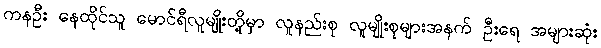
ကနဦး နေထိုင်သူ မောင်ရီလူမျိုးတို့မှာ လူနည်းစု လူမျိုးစုများအနက် ဦးရေ အများဆုံး